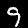
Digit: 9